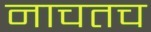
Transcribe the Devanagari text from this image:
नाचतच